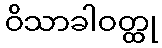
ဝိသာခါဝတ္ထု